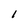
Character: 1